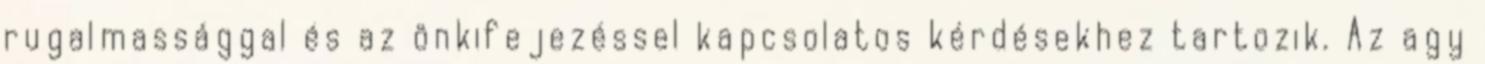
rugalmassággal és az önkifejezéssel kapcsolatos kérdésekhez tartozik. Az agy